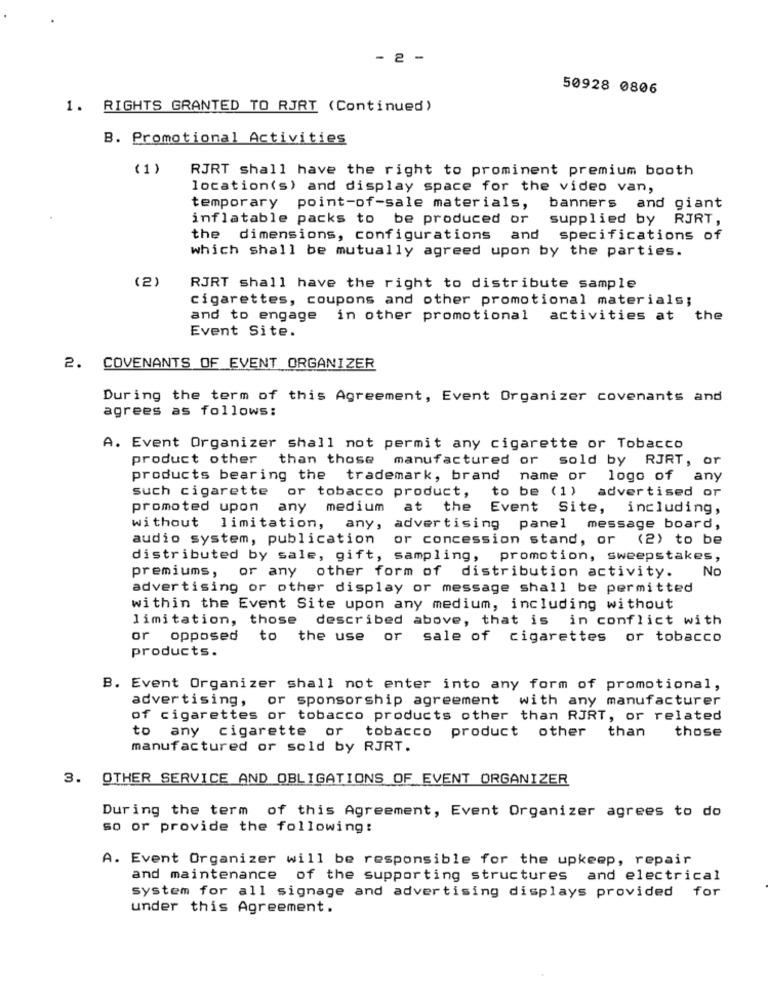
- 2 -
50928 0806
1. RIGHTS GRANTED TO RJRT (Continued)
B. Promotional Activities
(1)
RJRT shall have the right to prominent premium booth
location(s) and display space for the video van,
temporary point-of-sale materials, banners and giant
inflatable packs to be produced or
supplied by RJRT,
the dimensions, configurations and specifications of
which shall be mutually agreed upon by the parties.
(2
RJRT shall have the right to distribute sample
cigarettes, coupons and other promotional materials;
and to engage in other promotional
activities at the
Event Site.
2. COVENANTS OF EVENT ORGANIZER
During the term of this Agreement, Event Organizer covenants and
agrees as follows:
A. Event Organizer shall not permit any cigarette or Tobacco
product other
than those manufactured or sold by RJRT, or
products bearing the trademark, brand name or
logo of any
such cigarette or tobacco product,
to be (1)
advertised or
promoted upon any medium at the
Event Site,
including,
without
limitation, any, advertising panel message board,
audio system, publication
or concession stand, or (2) to be
distributed by sale, gift, sampling, promotion, sweepstakes,
premiums ,
or any other form of distribution activity.
No
advertising or other display or message shall be permitted
within the Event Site upon any medium, including without
limitation, those described above, that is in conflict with
or opposed
to the use or sale of cigarettes or tobacco
products.
B. Event Organizer shall not enter into any form of promotional,
advertising, or sponsorship agreement with any manufacturer
of cigarettes or tobacco products other than RJRT, or related
to any cigarette or tobacco product other than
those
manufactured or sold by RJRT.
3. OTHER SERVICE AND OBLIGATIONS OF EVENT ORGANIZER
During the term of this Agreement, Event Organizer agrees to do
so or provide the following:
A. Event Organizer will be responsible for the upkeep, repair
and maintenance of the supporting structures and electrical
system for all signage and advertising displays provided for
under this Agreement.